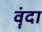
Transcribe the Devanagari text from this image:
वॄंदा